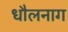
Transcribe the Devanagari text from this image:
धौलनाग